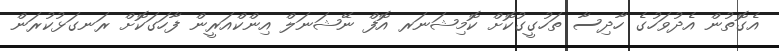
އެގޮތުން އެދުވަހުގެ ހާދިސާ ތަހުގީގުކޮށް ކޮމިޝަނަރ އޮފް ނޭޝަނަލް އިންކްއަރީން ފާހަގަކޮށް ރަނގަޅުކުރަން